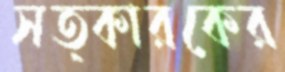
সত্কারকের